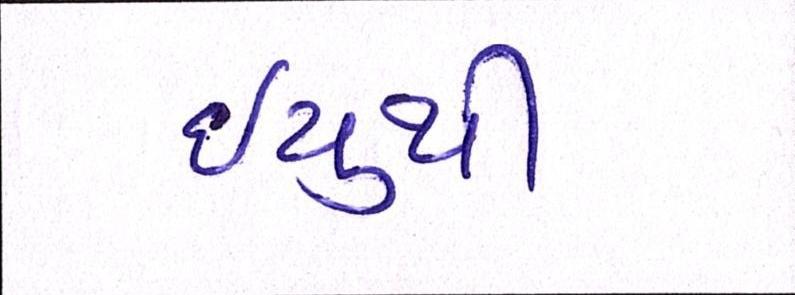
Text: ઇયુથી